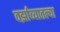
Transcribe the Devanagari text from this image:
वर्झाव्यातल्या